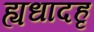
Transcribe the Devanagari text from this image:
ह्यधादहृ